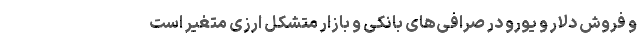
و فروش دلار و یورو در صرافی‌های بانکی و بازار متشکل ارزی متغیر است